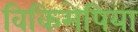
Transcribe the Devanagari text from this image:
विकिमेपिया